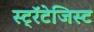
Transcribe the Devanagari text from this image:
स्ट्रॅटेजिस्ट